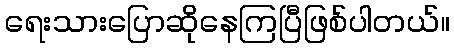
ရေးသားပြောဆိုနေကြပြီဖြစ်ပါတယ်။